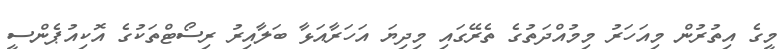
މީގެ އިތުރުން މިއަހަރު މިމުއްދަތުގެ ތެރޭގައި މިދިޔަ އަހަރާއަޅާ ބަލާއިރު ރިސޯޓްތަކުގެ އޮކިއުޕެންސީ